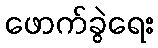
ဖောက်ခွဲရေး